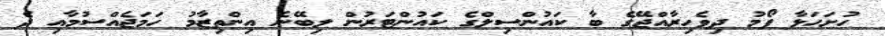
ހުށަހަޅާ ފޯމު ދިވެހިރާއްޖޭގެ ބާ ކައުންސިލްގެ ކައުންޓަރުން ލިބޭނެ އިންތިޒާމު ހަމަޖެއްސުމާއި ދެ